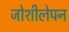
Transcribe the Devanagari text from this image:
जोशीलेपन